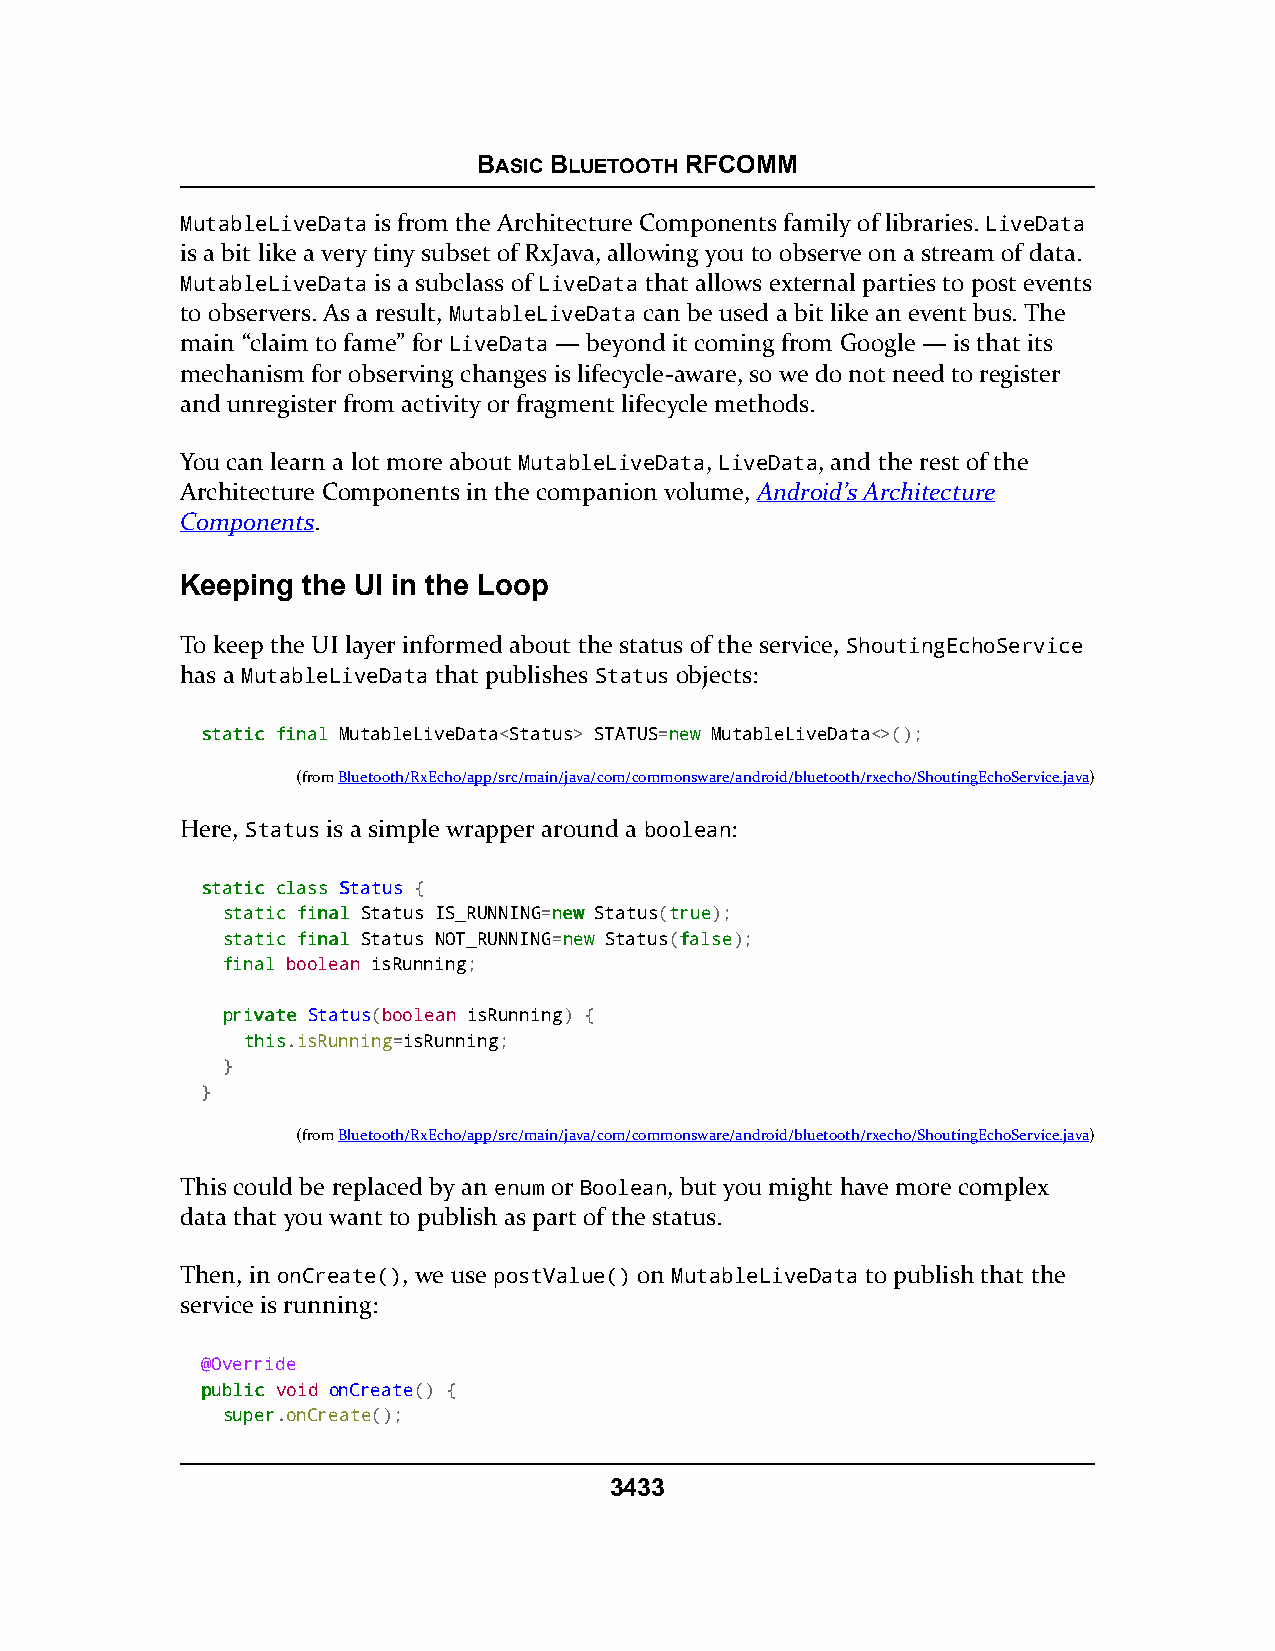
BASIC BLUETOOTH RFCOMM
 MutableLiveData is from the Architecture Components family of libraries. LiveData
 is a bit like a very tiny subset of RxJava, allowing you to observe on a stream of data.
 MutableLiveData is a subclass of LiveData that allows external parties to post events
 to observers. As a result, MutableLiveData can be used a bit like an event bus. The
 main “claim to fame” for LiveData — beyond it coming from Google — is that its
 mechanism for observing changes is lifecycle-aware, so we do not need to register
 and unregister from activity or fragment lifecycle methods.
 You can learn a lot more about MutableLiveData, LiveData, and the rest of the
 Architecture Components in the companion volume, Android’s Architecture
 Components.
 Keeping the UI in the Loop
 To keep the UI layer informed about the status of the service, ShoutingEchoService
 has a MutableLiveData that publishes Status objects:
 ssttaattiicc ffiinnaall MutableLiveData<Status> STATUS=nneeww MutableLiveData<>();
 (fromBluetooth/RxEcho/app/src/main/java/com/commonsware/android/bluetooth/rxecho/ShoutingEchoService.java)
 Here, Status is a simple wrapper around a boolean:
 ssttaattiicc ccllaassss SSttaattuuss {
 ssttaattiicc ffiinnaall Status IS_RUNNING=nneeww Status(ttrruuee);
 ssttaattiicc ffiinnaall Status NOT_RUNNING=nneeww Status(ffaallssee);
 ffiinnaall boolean isRunning;
 pprriivvaattee Status(boolean isRunning) {
 tthhiiss.isRunning=isRunning;
 }
 }
 (fromBluetooth/RxEcho/app/src/main/java/com/commonsware/android/bluetooth/rxecho/ShoutingEchoService.java)
 This could be replaced by an enum or Boolean, but you might have more complex
 data that you want to publish as part of the status.
 Then, in onCreate(), we use postValue() on MutableLiveData to publish that the
 service is running:
 @Override
 ppuubblliicc void onCreate() {
 ssuuppeerr.onCreate();
 3433